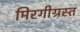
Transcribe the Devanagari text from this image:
मिरगीग्रस्त